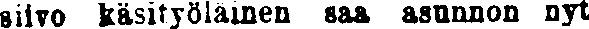
siivo käsityöläinen saa asunnon nyt